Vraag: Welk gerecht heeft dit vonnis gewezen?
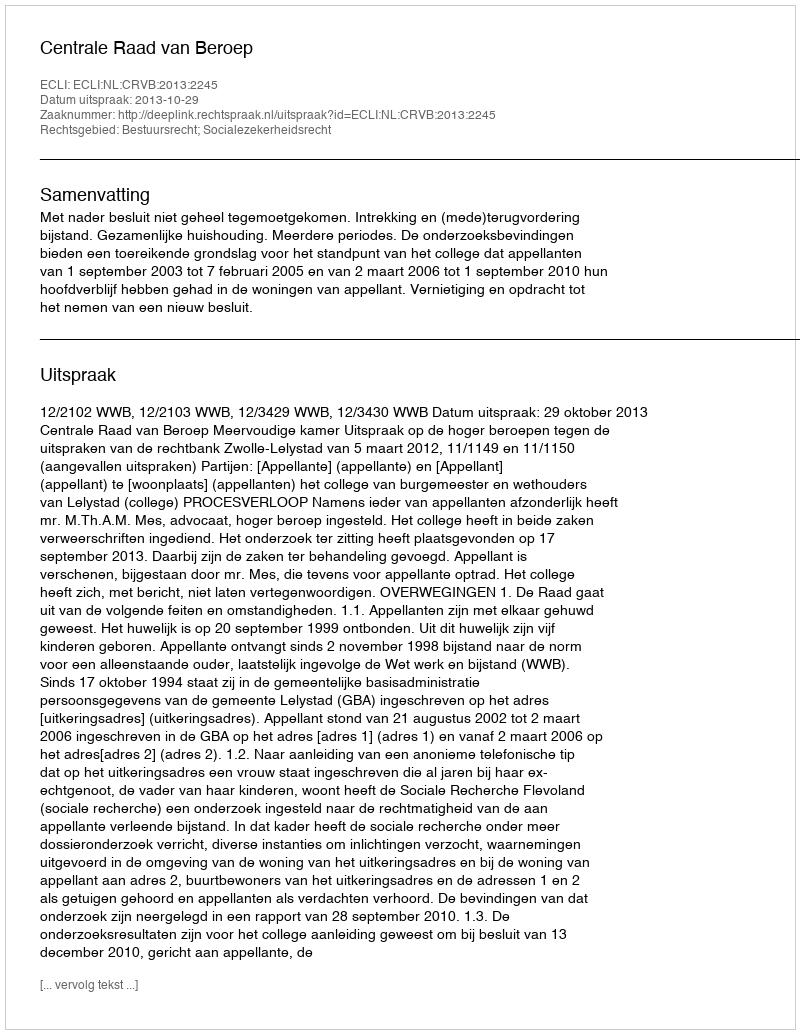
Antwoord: Centrale Raad van Beroep